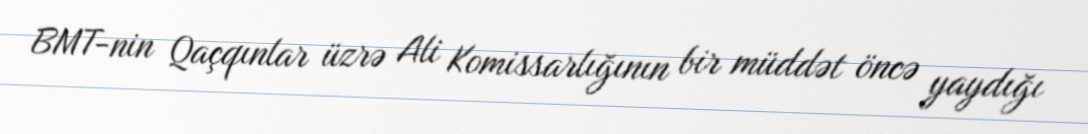
BMT-nin Qaçqınlar üzrə Ali Komissarlığının bir müddət öncə yaydığı